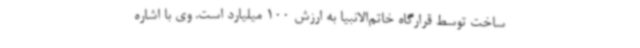
ساخت توسط قرارگاه خاتم‌الانبیا به ارزش 100 میلیارد است. وی با اشاره